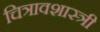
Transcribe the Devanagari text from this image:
चित्रावशास्त्री